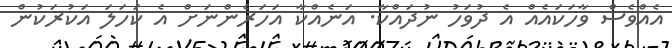
އެއްވެސް ވާހަކައެއް އެ ދުވަހު ނުދައްކާ. އަނެއްކާ އަހަރެންނަށް އެ ކަހަލަ އަކުރަކުން